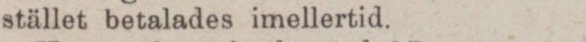
stället betalades imellertid.